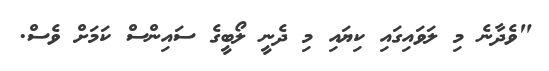
"ވެދާނެ މި ލަވައިގައި ކިޔައި މި ދެނީ ލޯބީގެ ސައިންސް ކަމަށް ވެސް.